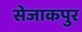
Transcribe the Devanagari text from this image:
सेजाकपुर